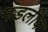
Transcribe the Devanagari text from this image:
मंडलीक